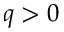
q > 0